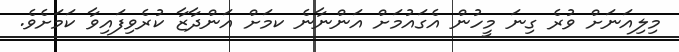
މިލިއަނަށް ވުރެ ގިނަ މީހުން އެގައުމަށް އަންނާނެ ކމަށް އަންދާޒާ ކުރެވިފައިވާ ކަމަށެވެ.